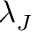
\lambda _ { J }